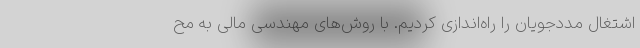
اشتغال مددجویان را راه‌اندازی کردیم. با روش‌های مهندسی مالی به مح